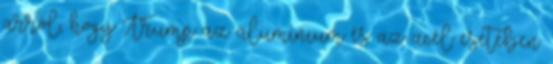
arról, hogy Trump az alumínium és az acél esetében